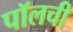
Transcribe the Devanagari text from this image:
पॉलची